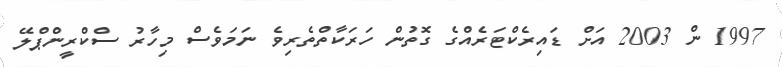
1997 ން 2003 އަށް ޑައިރެކްޓަރެއްގެ ގޮތުން ހަރަކާތްތެރިވެ ނަމަވެސް މިހާރު ސްކްރީންޕްލޭ